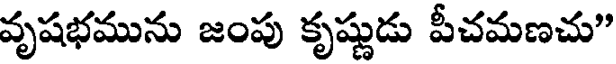
వృషభమును జంపు కృష్ణుడు పీచమణచు"